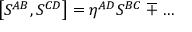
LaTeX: \left[ S ^ { A B } , S ^ { C D } \right] = \eta ^ { A D } S ^ { B C } \mp \ldots